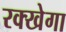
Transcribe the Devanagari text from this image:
रक्खेगा